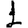
Digit: 1